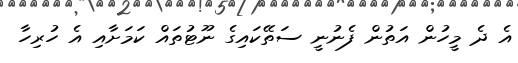
އެ ދެ މީހުން އަތުން ފެނުނީ ސަތޭކައިގެ ނޫޓުތައް ކަމަށާއި އެ ހުރިހާ